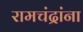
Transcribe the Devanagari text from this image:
रामचंद्रांना